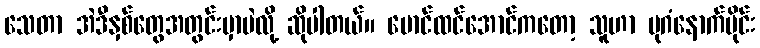
သေတာ အဲဒီနှစ်တွေအတွင်းမှာပဲလို့ ဆိုပါတယ်။ မောင်ထင်အောင်ကတော့ သူဟာ ပုဂံနောက်ပိုင်း